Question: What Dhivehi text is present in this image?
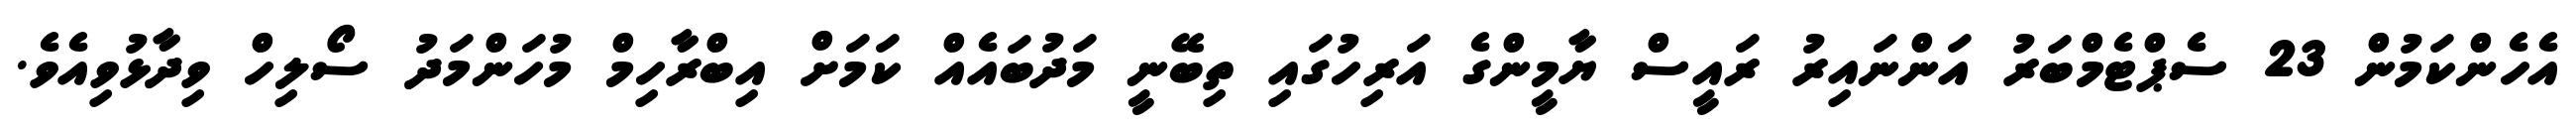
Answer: އެހެންކަމުން 23 ސެޕްޓެމްބަރު އަންނައިރު ރައީސް ޔާމީންގެ އަރިހުގައި ތިބޭނީ މަދުބައެއް ކަމަށް އިބްރާހިމް މުހަންމަދު ސޯލިހް ވިދާޅުވިއެވެ.